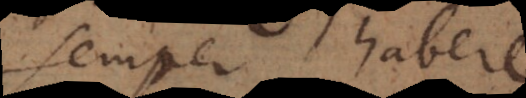
semper habere